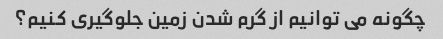
چگونه می توانیم از گرم شدن زمین جلوگیری کنیم؟